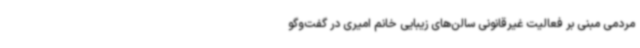
مردمی مبنی بر فعالیت غیرقانونی سالن‌های زیبایی خانم امیری در گفت‌وگو